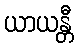
ယာယန္တီ